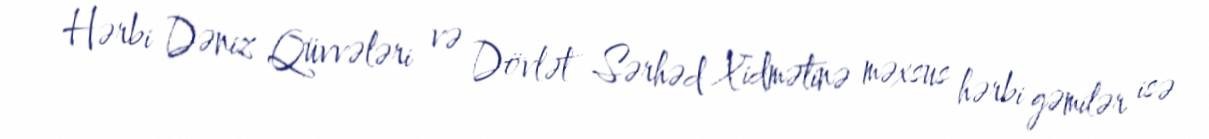
Hərbi Dəniz Qüvvələri və Dövlət Sərhəd Xidmətinə məxsus hərbi gəmilər isə